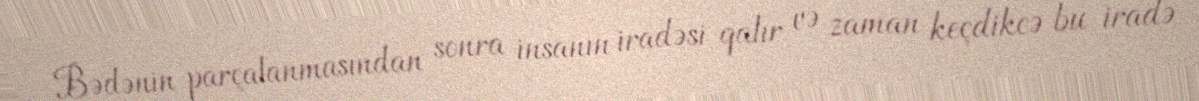
Bədənin parçalanmasından sonra insanın iradəsi qalır və zaman keçdikcə bu iradə